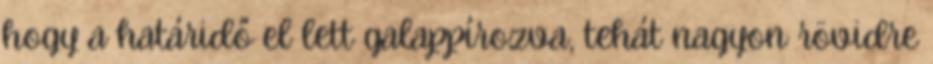
hogy a határidő el lett galappírozva, tehát nagyon rövidre